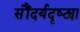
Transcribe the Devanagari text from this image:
सौंदर्यदृष्ट्या